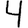
Digit: 4